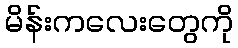
မိန်းကလေးတွေကို